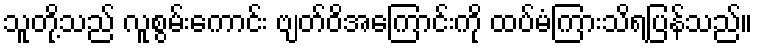
သူတို့သည် လူစွမ်းကောင်း ဗျတ်ဝိအကြောင်းကို ထပ်မံကြားသိရပြန်သည်။